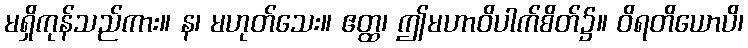
မရှိကုန်သည်ကား။ န၊ မဟုတ်သေး။ ဧတ္ထ၊ ဤမဟာဝိပါက်စိတ်၌။ ဝိရတိယောပိ၊